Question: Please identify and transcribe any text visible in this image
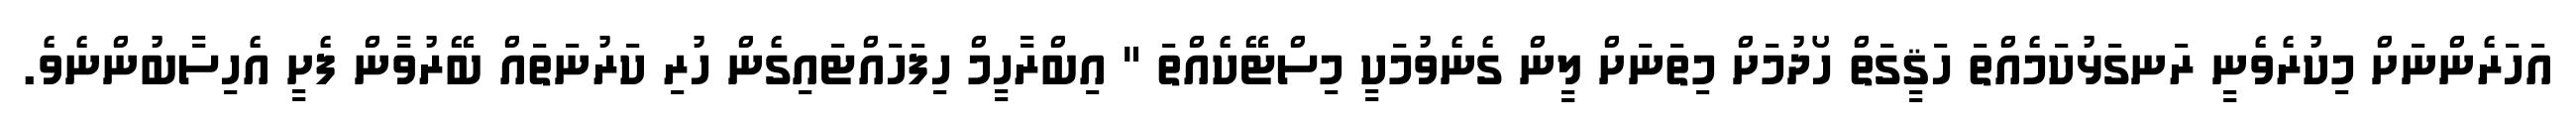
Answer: އަހަރެންނަށް މިކުރެވެނީ ރަނގަޅުކަމެއްތަ ހަޤީގަތް ހޯދުމަށް މިތަނަށް ލީން ގެނެވުމަކީ މިސްޓޭކެއްތަ " އިބްރާހީމް ހިފަހައްޓައިގެން ހުރި ކަރުނަތައް ބޭރުވާން ފެށީ އެހިސާބުންނެވެ.